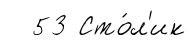
53 Сто́л'ик